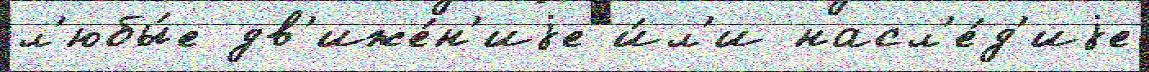
л'юбы́е дв'иже́н'иjе и́л'и насл'е́д'иjе